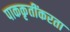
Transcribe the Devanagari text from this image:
पाककृतींकरता